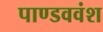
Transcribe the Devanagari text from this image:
पाण्डववंश